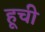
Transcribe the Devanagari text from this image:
हूची